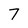
Character: 7